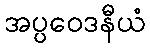
အပ္ပဝေဒနီယံ